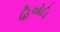
હિઓઈડ